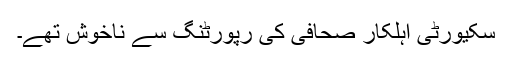
سکیورٹی اہلکار صحافی کی رپورٹنگ سے ناخوش تھے۔